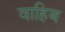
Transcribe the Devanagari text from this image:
वाहिब